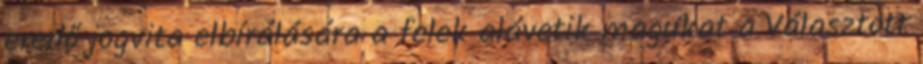
eredő jogvita elbírálására a felek alávetik magukat a Választott